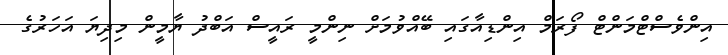
އިންވެސްޓްމަންޓް ފޯރަމް އިންޑިއާގައި ބޭއްވުމަށް ނިންމީ ރައީސް އަބްދު ޔާމީން މިދިޔަ އަހަރުގެ